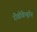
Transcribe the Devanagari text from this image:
रोडोडेन्‍ड्रॉन